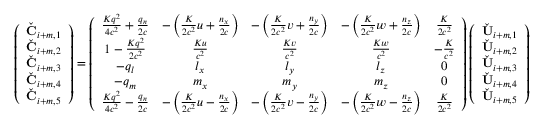
\left( \begin{array} { c } { \check { \mathbf { C } } _ { i + m , 1 } } \\ { \check { \mathbf { C } } _ { i + m , 2 } } \\ { \check { \mathbf { C } } _ { i + m , 3 } } \\ { \check { \mathbf { C } } _ { i + m , 4 } } \\ { \check { \mathbf { C } } _ { i + m , 5 } } \end{array} \right) = \left( \begin{array} { c c c c c } { \frac { K q ^ { 2 } } { 4 c ^ { 2 } } + \frac { q _ { n } } { 2 c } } & { - \left( \frac { K } { 2 c ^ { 2 } } u + \frac { n _ { x } } { 2 c } \right) } & { - \left( \frac { K } { 2 c ^ { 2 } } v + \frac { n _ { y } } { 2 c } \right) } & { - \left( \frac { K } { 2 c ^ { 2 } } w + \frac { n _ { z } } { 2 c } \right) } & { \frac { K } { 2 c ^ { 2 } } } \\ { 1 - \frac { K q ^ { 2 } } { 2 c ^ { 2 } } } & { \frac { K u } { c ^ { 2 } } } & { \frac { K v } { c ^ { 2 } } } & { \frac { K w } { c ^ { 2 } } } & { - \frac { K } { c ^ { 2 } } } \\ { - q _ { l } } & { l _ { x } } & { l _ { y } } & { l _ { z } } & { 0 } \\ { - q _ { m } } & { m _ { x } } & { m _ { y } } & { m _ { z } } & { 0 } \\ { \frac { K q ^ { 2 } } { 4 c ^ { 2 } } - \frac { q _ { n } } { 2 c } } & { - \left( \frac { K } { 2 c ^ { 2 } } u - \frac { n _ { x } } { 2 c } \right) } & { - \left( \frac { K } { 2 c ^ { 2 } } v - \frac { n _ { y } } { 2 c } \right) } & { - \left( \frac { K } { 2 c ^ { 2 } } w - \frac { n _ { z } } { 2 c } \right) } & { \frac { K } { 2 c ^ { 2 } } } \end{array} \right) \left( \begin{array} { c } { \check { \mathbf { U } } _ { i + m , 1 } } \\ { \check { \mathbf { U } } _ { i + m , 2 } } \\ { \check { \mathbf { U } } _ { i + m , 3 } } \\ { \check { \mathbf { U } } _ { i + m , 4 } } \\ { \check { \mathbf { U } } _ { i + m , 5 } } \end{array} \right)